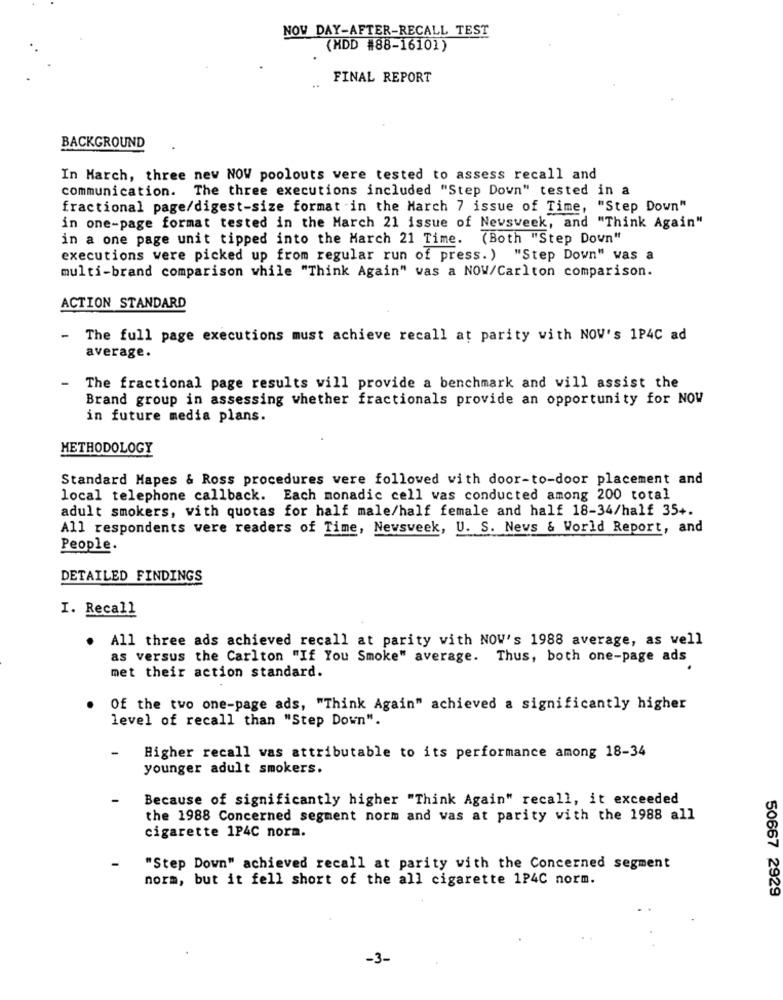
NOW DAY-AFTER-RECALL TEST
(MDD #88-16101)
FINAL REPORT
BACKGROUND
In March, three new NOW poolouts vere tested to assess recall and
communication. The three executions included "Step Down" tested in a
fractional page/digest-size format in the March 7 issue of Time, "Step Down"
in one-page format tested in the March 21 issue of Newsweek, and "Think Again"
in a one page unit tipped into the March 21 Time.
(Both "Step Down"
executions were picked up from regular run of press.) "Step Down" was a
multi-brand comparison while "Think Again" was a NOW/Carlton comparison.
ACTION STANDARD
The full page executions must achieve recall at parity with NOW's 1P4C ad
average.
The fractional page results will provide a benchmark and will assist the
Brand group in assessing whether fractionals provide an opportunity for NOW
in future media plans.
METHODOLOGY
Standard Mapes & Ross procedures vere followed with door-to-door placement and
local telephone callback. Each monadic cell was conducted among 200 total
adult smokers, vith quotas for half male/half female and half 18-34/half 35+.
All respondents vere readers of Time, Newsweek, U. S. News & World Report, and
People.
DETAILED FINDINGS
I. Recall
. All three ads achieved recall at parity with NOW's 1988 average, as well
as versus the Carlton "If You Smoke" average. Thus, both one-page ads
met their action standard.
Of the two one-page ads, "Think Again" achieved a significantly higher
level of recall than "Step Down".
Higher recall was attributable to its performance among 18-34
younger adult smokers.
Because of significantly higher "Think Again" recall, it exceeded
the 1988 Concerned segment norm and was at parity with the 1988 all
cigarette 1P4C norm.
"Step Down" achieved recall at parity with the Concerned segment
norm, but it fell short of the all cigarette 1P4C norm.
50667 2929
-3-